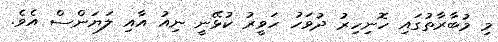
މި މުބާރާތުގައި ހޮނިހިރު ދުވަހު ހަވީރު ކުޅޭނީ ނިއު އާއި ލަޔަންސް އެވެ.